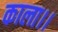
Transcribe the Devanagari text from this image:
काला।।